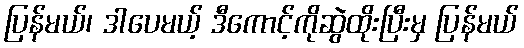
ပြန်မယ်၊ ဒါပေမယ့် ဒီကောင့်ကိုဆွဲထိုးပြီးမှ ပြန်မယ်